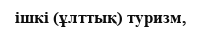
ішкі (ұлттық) туризм,